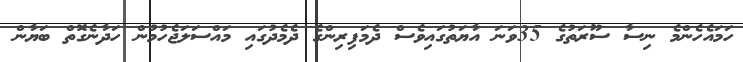
ހަމައެހެންމެ ނިސާ ސޫރަތުގެ 35ވަނަ އާޔަތުގައިވެސް ދެމަފިރިންގެ ދެމެދުގައި މައްސަލަޖެހުމުން ހަދާނެގޮތް ބަޔާން